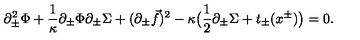
\partial _ { \pm } ^ { 2 } \Phi + { \frac { 1 } { \kappa } } \partial _ { \pm } \Phi \partial _ { \pm } \Sigma + ( \partial _ { \pm } { \vec { f } } ) ^ { 2 } - \kappa \big ( { \frac { 1 } { 2 } } \partial _ { \pm } \Sigma + t _ { \pm } ( x ^ { \pm } ) \big ) = 0 .